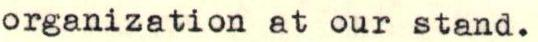
organization at our stand.